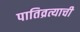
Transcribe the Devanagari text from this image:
पातिव्रत्याची